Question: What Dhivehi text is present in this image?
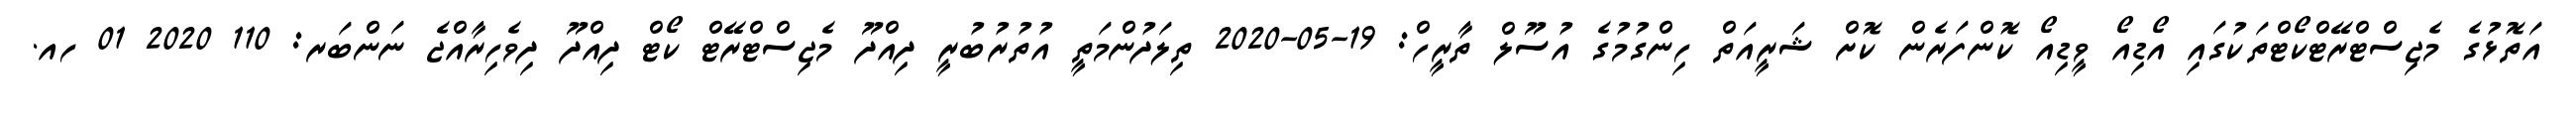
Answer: އަތޮޅުގެ މެޖިސްޓްރޭޓްކޯޓްތަކުގައި އޯޑިއޯ ވީޑިއޯ ކޮންފަރެން ކޮށް ޝަރީއަތް ހިންގުމުގެ އުސޫލް ތާރީހް: 19-05-2020 ތިލަދުންމަތީ އުތުރުބުރީ ދިއްދޫ މެޖިސްޓްރޭޓް ކޯޓް ދިއްދޫ ދިވެހިރާއްޖެ ނަންބަރ: 110 2020 01 ހއ.